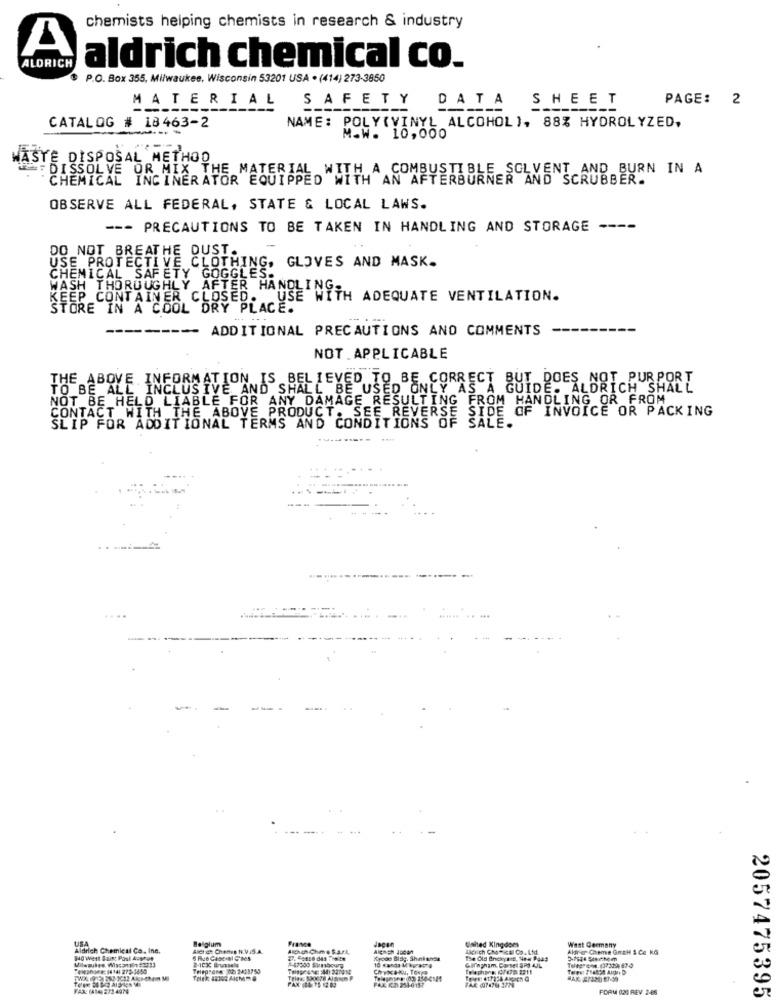
chemists helping chemists in research & industry
A
ALDRICH
aldrich chemical co.
$ P.O. Box 355, Milwaukee, Wisconsin 53201 USA . (414) 273-3850
MATERIAL
SAFETY DATA SHEET
PAGE: 2
-----
NAME: POLY(VINYL ALCOHOL), 88% HYDROLYZED,
CATALOG # 18463-2
M.W. 10,000
WASTE DISPOSAL METHOD
DISSOLVE OR MIX THE MATERIAL WITH A COMBUSTIBLE SOLVENT AND BURN IN A
CHEMICAL INCINERATOR EQUIPPED WITH AN AFTERBURNER AND SCRUBBER.
OBSERVE ALL FEDERAL, STATE & LOCAL LAWS.
--- PRECAUTIONS TO BE TAKEN IN HANDLING AND STORAGE ----
DO NOT BREATHE OUST.
USE PROTECTIVE CLOTHING.
GLOVES AND MASK.
CHEMICAL SAFETY GOGGLES.
WASH THOROUGHLY AFTER HANDLING
KEEP CONTAINER CLOSED.
USE WITH ADEQUATE VENTILATION.
STORE IN A COOL DRY PLACE.
-------- ADDITIONAL PRECAUTIONS AND COMMENTS
NOT APPLICABLE
THE ABOVE INFORMATION IS BELIEVED TO BE CORRECT BUT DOES NOT PURPORT
TO BE ALL INCLUSIVE AND SHALL BE USED ONLY AS A GUIDE. ALDRICH SHALL
NOT BE HELD LIABLE FOR ANY DAMAGE RESULTING FROM HANDLING OR FROM
CONTACT WITH THE ABOVE PRODUCT. SEE REVERSE SIDE OF INVOICE OR PACKING
SLIP FOR ADDITIONAL TERMS AND CONDITIONS OF SALE.
---
USA
Belgium
West Germany
Aldrich Chemical Co. Inc.
United Kingdoms
Aldrich CM-KE Co. Ltd.
Alfrar Chieme GetH & Co KG
NO West Saint Paul Apyret
Felephone: 14141 272-3450
10 Kanda Vkyacre
Telephone (779 2211
Gifingham. Corset SPS 4JL
TWA 1912: 282-1042 AIR-CRAM MI
FAX: (414) 233 4976
FORM OM REV 2-86
2057475395